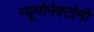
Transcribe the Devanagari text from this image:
न्यूमोनेक्टोमी